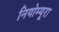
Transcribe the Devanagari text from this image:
नियोम्यूरा